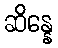
ဆိန္နေ